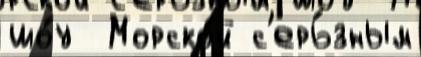
шо́у  Морско́й с'ерь́зным